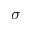
\sigma